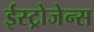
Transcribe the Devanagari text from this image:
ईस्ट्रोजेन्स